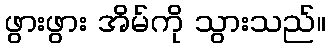
ဖွားဖွား အိမ်ကို သွားသည်။